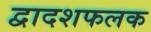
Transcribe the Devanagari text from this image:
द्वादशफलक